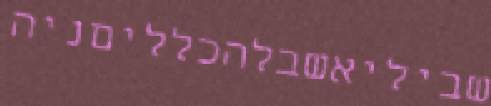
שביליאשבלהכלליםניה